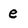
Character: e